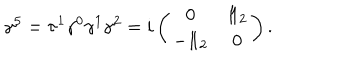
LaTeX: \gamma ^ { 5 } = \tau ^ { 1 } \gamma ^ { 0 } \gamma ^ { 1 } \gamma ^ { 2 } = i \left( \begin{array} { c c } { { 0 } } & { { 1 \! \! 1 _ { 2 } } } \\ { { - 1 \! \! 1 _ { 2 } } } & { { 0 } } \\ \end{array} \right) .